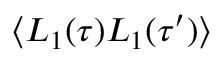
\langle L _ { 1 } ( \tau ) L _ { 1 } ( \tau ^ { \prime } ) \rangle